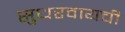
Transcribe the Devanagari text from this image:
सुधरवायची